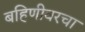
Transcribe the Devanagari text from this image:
बहिणीवरचा